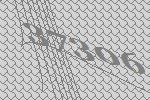
37306